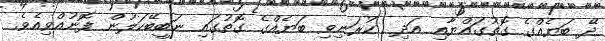
ދޭ ބަޔެއްގެ ގޮތުގައްޔާއި އަދި  ކުރަނިވި ބަޔެއްގެ ގޮތުގައި ނަބީބޭކަލުން ފޮނުއްވިއެވެ.